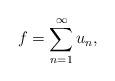
LaTeX: \begin{align*} f = \sum_{n=1}^\infty u_n,\end{align*}